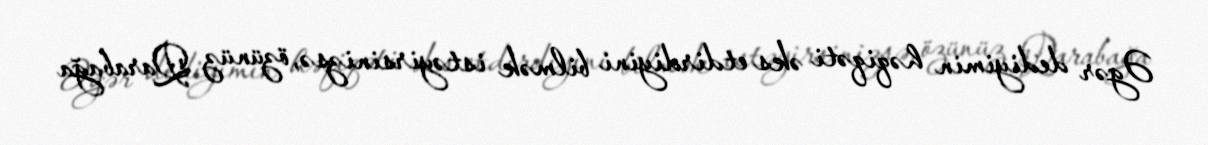
Əgər dediyimin həqiqəti əks etdirdiyini bilmək istəyirsinizsə, özünüz Qarabağa